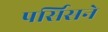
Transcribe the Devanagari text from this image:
पर्सिसने